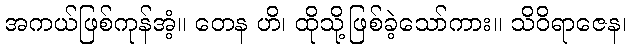
အကယ်ဖြစ်ကုန်အံ့။ တေန ဟိ၊ ထိုသို့ဖြစ်ခဲ့သော်ကား။ သိဝိရာဇေန၊